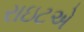
રાઇટએ